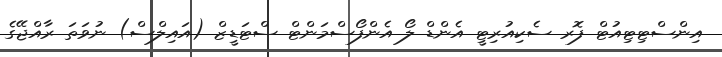
އިންސްޓިޓިއުޓް ފޮރ ސެކިއުރިޓީ އެންޑް ލޯ އެންފޯސްމަންޓް ސްޓަޑީޒް (އައިލްސް) ނުވަތަ ރާއްޖޭގެ